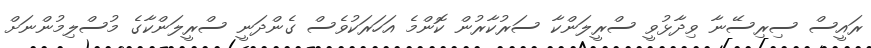
ރައީސް ސިރިސޭނާ ވިދާޅުވީ ސްރީލަންކާ ސަރުކާރުން ކޮންމެ އަހަރަކުވެސް ގެންދަނީ ސްރީލަންކާގެ މުސްލިމުންނަށް